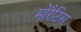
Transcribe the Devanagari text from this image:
मोरैटिस